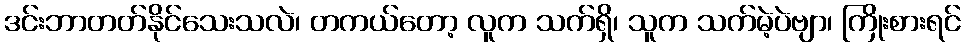
ဒင်းဘာတတ်နိုင်သေးသလဲ၊ တကယ်တော့ လူက သက်ရှိ၊ သူက သက်မဲ့ပဲဗျာ၊ ကြိုးစားရင်